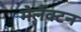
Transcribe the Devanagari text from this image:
मेलैंक्टन